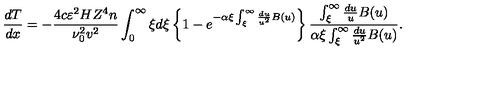
\frac { d T } { d x } = - \frac { 4 c \varepsilon ^ { 2 } H Z ^ { 4 } n } { \nu _ { 0 } ^ { 2 } v ^ { 2 } } \int _ { 0 } ^ { \infty } \xi d \xi \left\{ 1 - e ^ { - \alpha \xi \int _ { \xi } ^ { \infty } \frac { d u } { u ^ { 2 } } B ( u ) } \right\} \frac { \int _ { \xi } ^ { \infty } \frac { d u } { u } B ( u ) } { \alpha \xi \int _ { \xi } ^ { \infty } \frac { d u } { u ^ { 2 } } B ( u ) } .